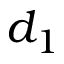
d _ { 1 }